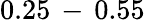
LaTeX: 0.25\, -\, 0.55